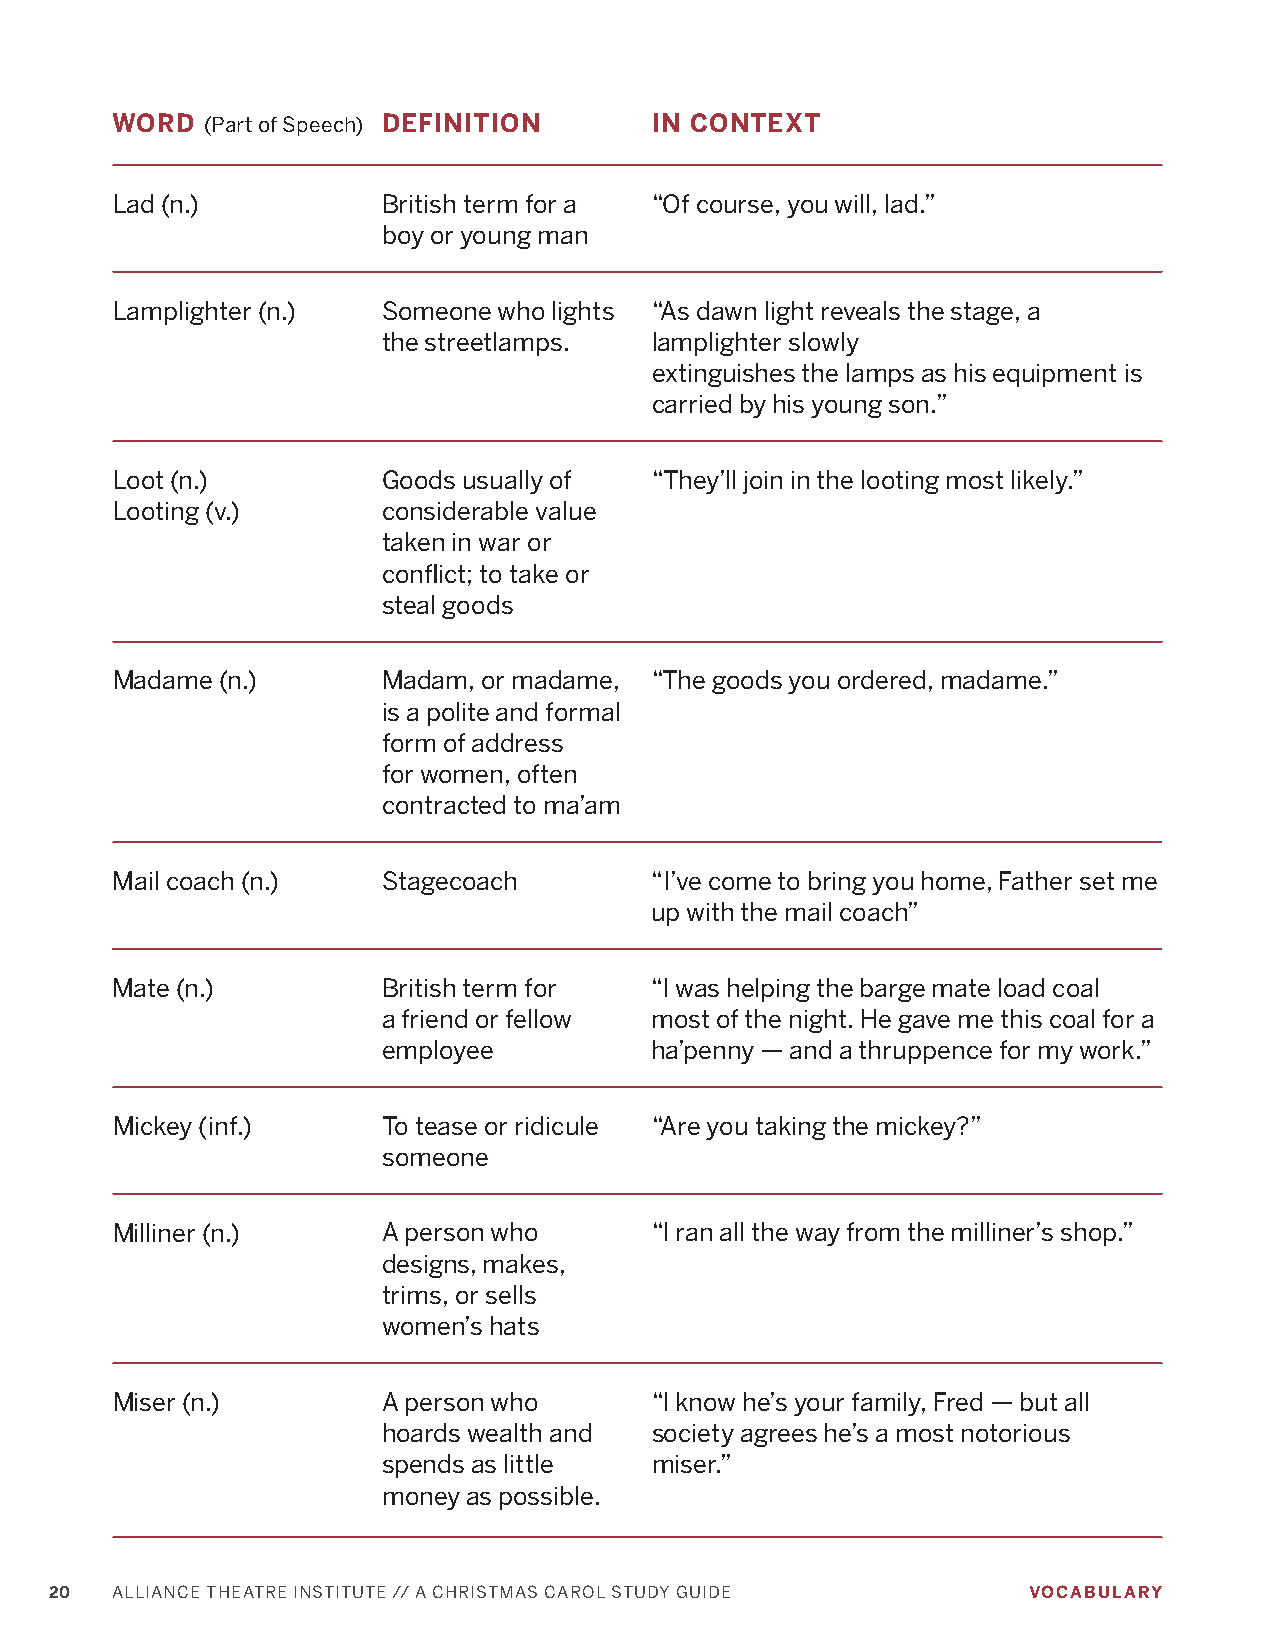
WORD   (Part of Speech) DEFINITION  IN CONTEXT
 Lad (n.)          British term for a “Of course, you will, lad.”
 boy or young man
 Lamplighter (n.)  Someone who lights “As dawn light reveals the stage, a
 the streetlamps.  lamplighter slowly
 extinguishes the lamps as his equipment is
 carried by his young son.”
 Loot (n.)         Goods usually of  “They’ll join in the looting most likely.”
 Looting (v.)      considerable value
 taken in war or
 conflict; to take or
 steal goods
 Madame  (n.)      Madam, or madame, “The goods you ordered, madame.”
 is a polite and formal
 form of address
 for women, often
 contracted to ma’am
 Mail coach (n.)   Stagecoach        “I’ve come to bring you home, Father set me
 up with the mail coach”
 Mate (n.)         British term for  “I was helping the barge mate load coal
 a friend or fellow most of the night. He gave me this coal for a
 employee          ha’penny — and a thruppence for my work.”
 Mickey (inf.)     To tease or ridicule “Are you taking the mickey?”
 someone
 Milliner (n.)     A person who      “I ran all the way from the milliner’s shop.”
 designs, makes,
 trims, or sells
 women’s hats
 Miser (n.)        A person who      “I know he’s your family, Fred — but all
 hoards wealth and society agrees he’s a most notorious
 spends as little  miser.”
 money as possible.
 20  ALLIANCE THEATRE INSTITUTE // A CHRISTMAS CAROL STUDY GUIDE  VOCABULARY